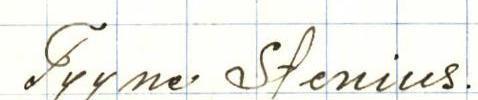
Tyyne Stenius.